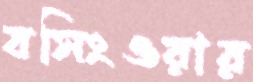
বসিংওয়ার